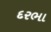
દરભા